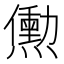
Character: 𬋒